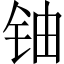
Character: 铀